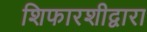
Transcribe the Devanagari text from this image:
शिफारशीद्वारा